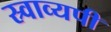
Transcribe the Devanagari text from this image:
स्र्वाव्यपी